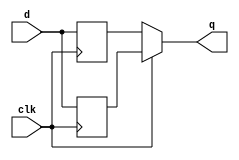
// circuit in which data input passes to output at every clock edge
// approach 1
module top_module (
    input clk,
    input d,
    output q
);  
    reg qp, qn;
    always @ (posedge clk) qp <= d;
    always @ (negedge clk) qn <= d;
    assign q = clk ? qp : qn;
endmodule